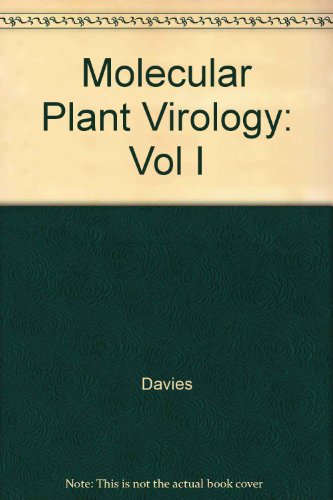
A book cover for Molecular Plant Virology; Medical Books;